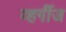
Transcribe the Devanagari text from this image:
व्हर्गीज